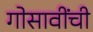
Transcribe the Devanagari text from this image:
गोसावींची